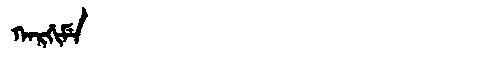
Manchu: ᡴᠠᡵᡤᡳᠮᡝ
Romanization: KARGIME